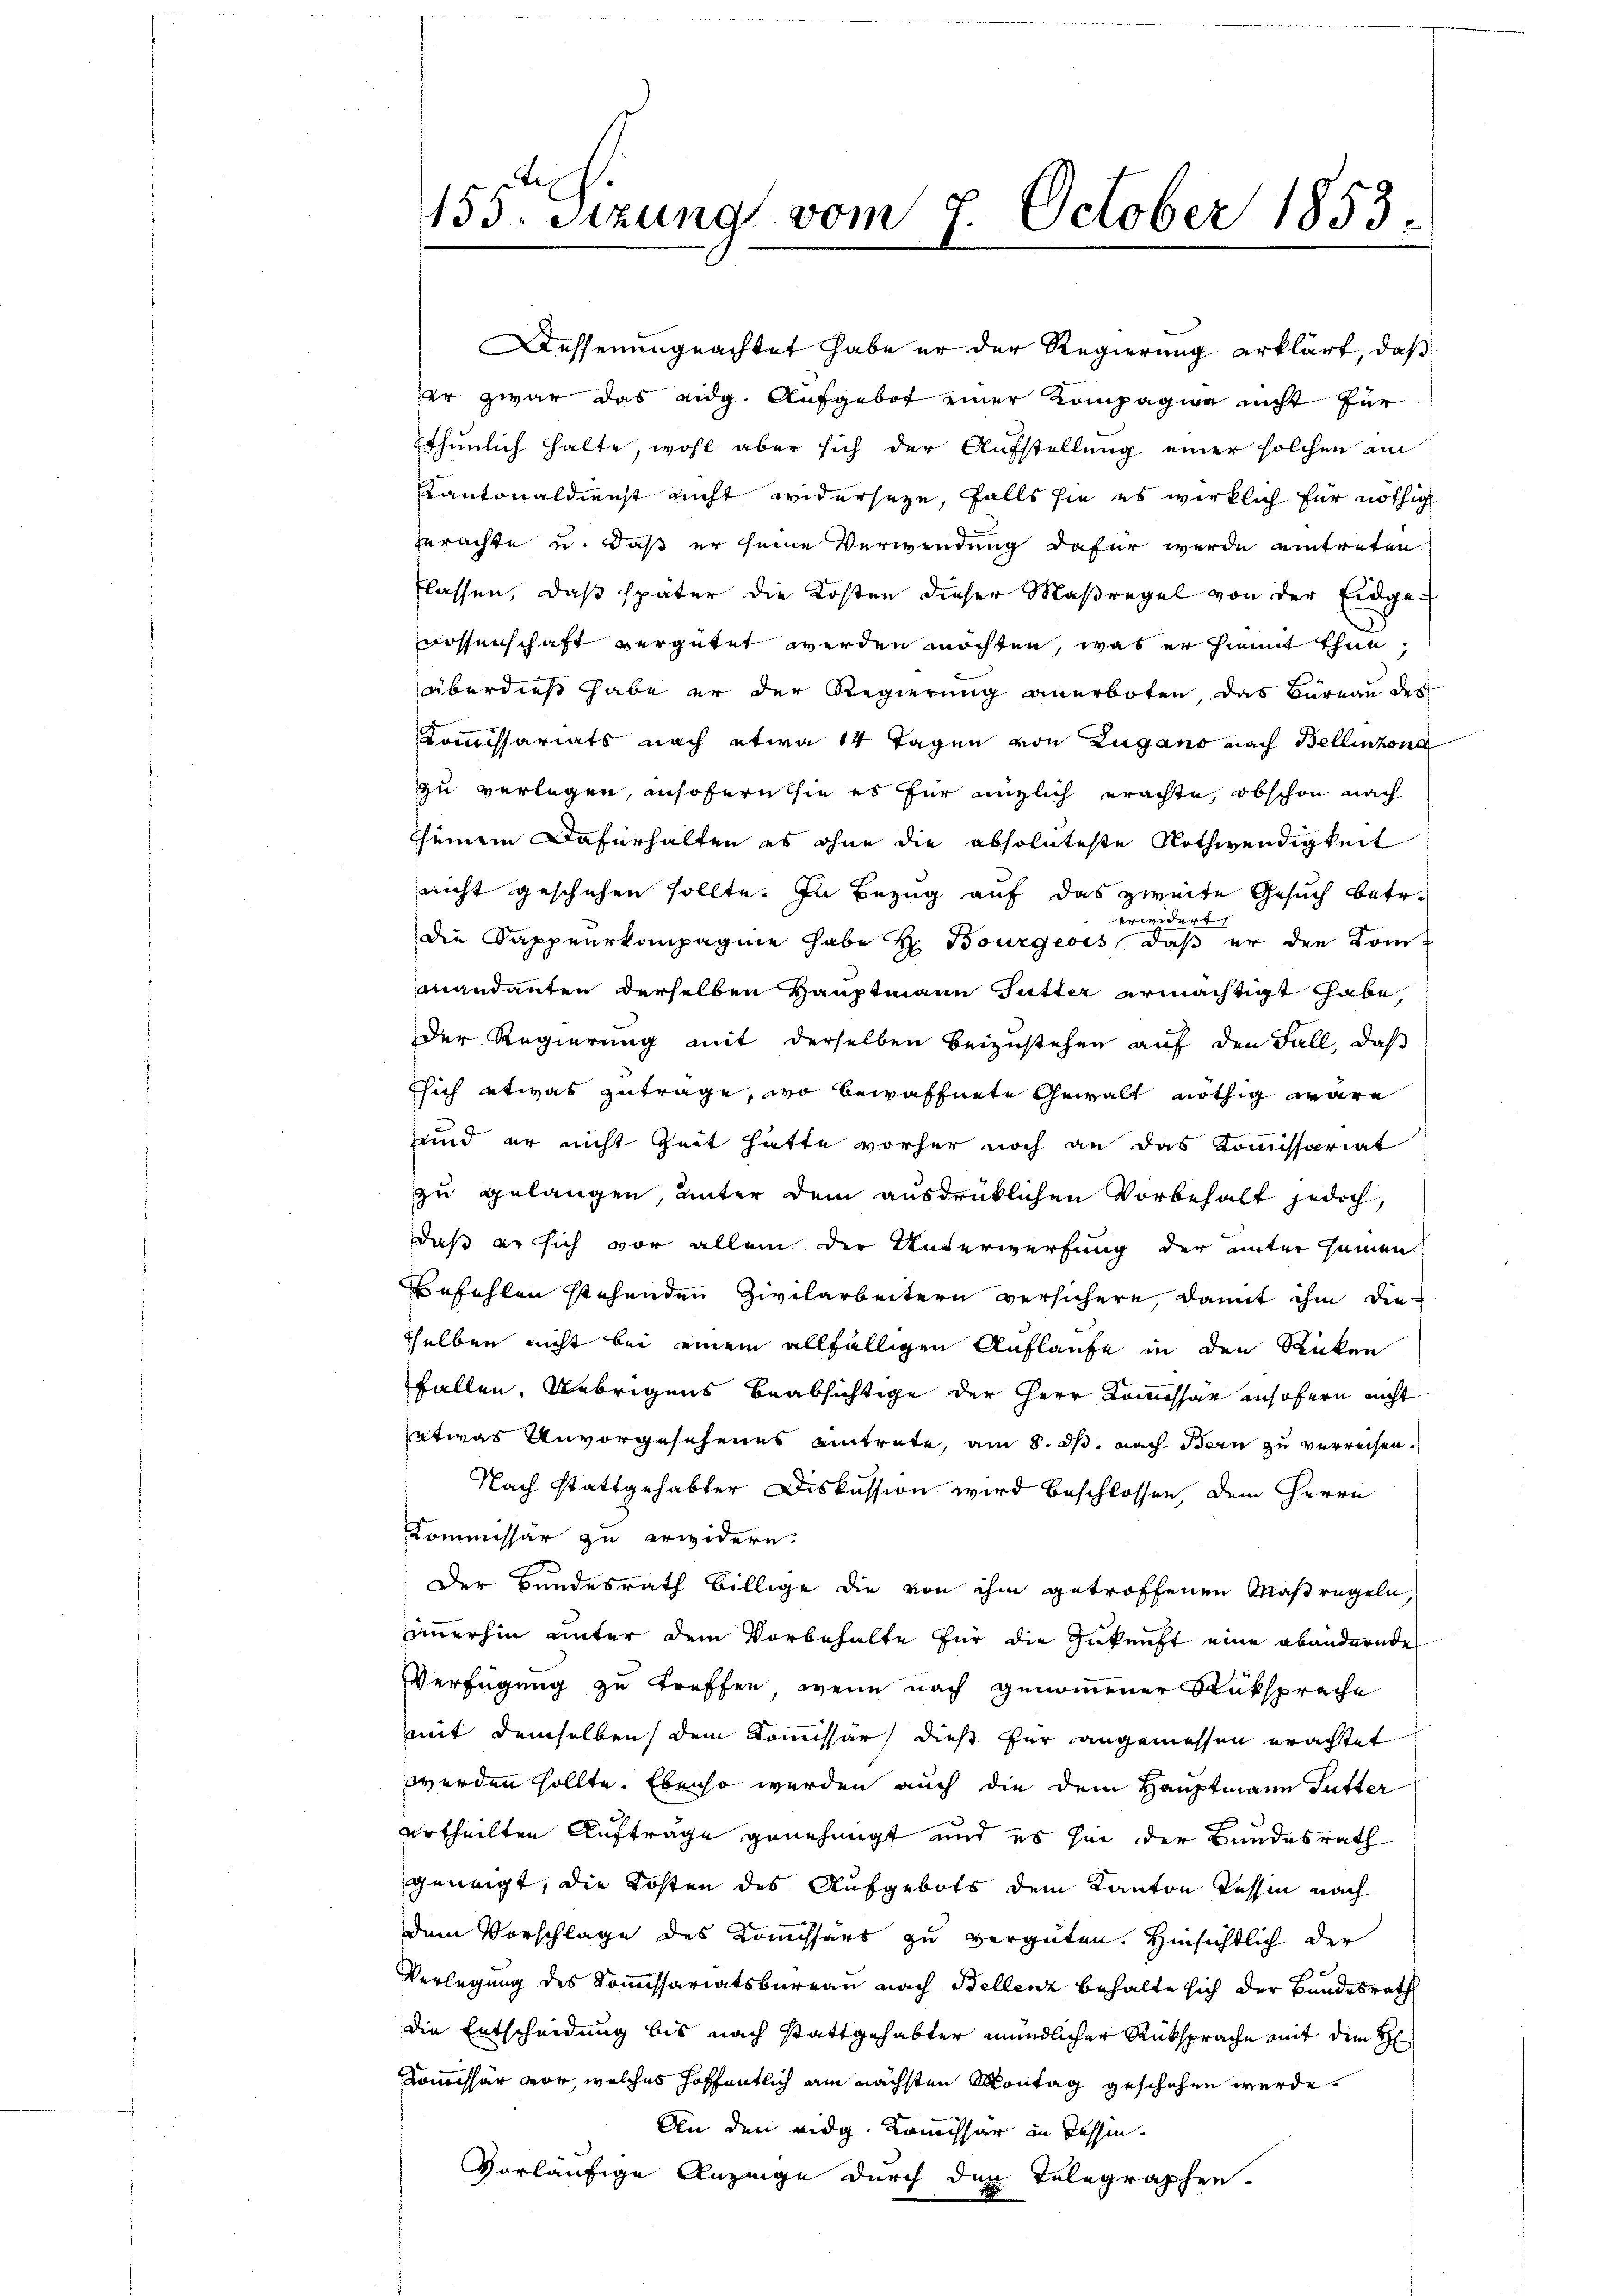
155. Setzung vom 7. October 1853.

Dessenungeachtet habe er der Regierung erklärt, daß
er zwar das eidg. Aufgebot einer Kompagne nicht für
thunlich halte, wohl aber sich der Aufstellung einer solchen am
Kantonaldienst nicht widerseze, falls sie es wirklich für nöthig
zerachte u. daß er seine Verwendung dafür werde eintreten
flassen, daß später die Kosten dieser Maßregel von der Eidge-
nossenschaft vergütet werden möchten, was er hiemit thun.
überdieß habe er der Regierung anerboten, das Büreau der
Kommissariats nach etwa 14 Tagen von Zugano nach Bellinzona
zu verlegen, insofern sie es für eitlich erachte, obschon nach
sseinem Dafürhalten es ohne die absoluteste Nothwendigkeit
nicht geschehen sollte. In Bezug auf das zweite Gesuch betr.
erwidert
die Kappeurkompagnie habe H. Bourgeois, daß er den Kommandanten derselben Hauptmann Futter ermächtigt habe,
Der Regierung mit derselben beizustehen auf den Fall, daß
Esich etwas zutrage, wo bewaffnete Gewalt nöthig wäre
e
sind er nicht Zeit hatte vorher noch an das Kommissariat
zu gelangen, unter dem ausdrücklichen Vorbehalt jedoch,
daß er sich vor allem der Unterwerfung der unter seinen
Befehlen stehenden Zivilarbeitern versichere, damit ihm die
tselben nicht bei einem allfälligen Auflaufe in den Rücken
fallen. Uebrigens beabsichtige der Herr Kommissar insofern nicht
etwas Unvorgesehenes eintrete, am 8. ds. nach Bern zu verrechen.
Nach stattgehabter Diskussion wird beschlossen, dem Herrn
Kommissär zu erwidern.
Der Bundesrath billige die von ihm getroffenen Maßregeln
immerhin unter dem Vorbehalte für die Zukunft eine Abändernde
Verfügung zu treffen, wenn nach genommener Rüksprache
mit demselben dem Kommissär dieß für angemessen erachtet
werden sollte. Ebenso werden auch die dem Hauptmann Futter
urtheilten Auftrage genehmigt und es sei der Bundesrath
geneigt, die Kosten des Aufgebots dem Kanton Tessin nach
dem Vorschlage des Kommissärs zu vergüten. Hinsichtlich der
Verlegung des Kommissariatsbureau nach Bellenz behalte sich der Bundesrath
die Entscheidung bis nach stattgehabter mündlicher Rüksprache mit dem H
Kom̅issär vor, welches hoffentlich am nächsten Montag geschehen werde.
An den eidg. Kommissar in Tessin.
vorläufige Anzeige durch den Telegraphen.